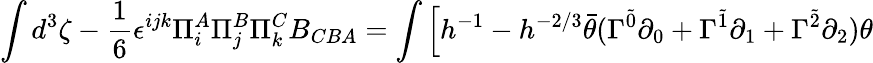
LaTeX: \int d^{3}\zeta-\frac{1}{6}\epsilon^{ijk}\Pi_{i}^{A}\Pi_{j}^{B}\Pi_{k}^{C}B_{CBA}=\int\Big[h^{-1}-h^{-2/3}\bar{\theta}(\Gamma^{\tilde{0}}\partial_{0}+\Gamma^{\tilde{1}}\partial_{1}+\Gamma^{\tilde{2}}\partial_{2})\theta